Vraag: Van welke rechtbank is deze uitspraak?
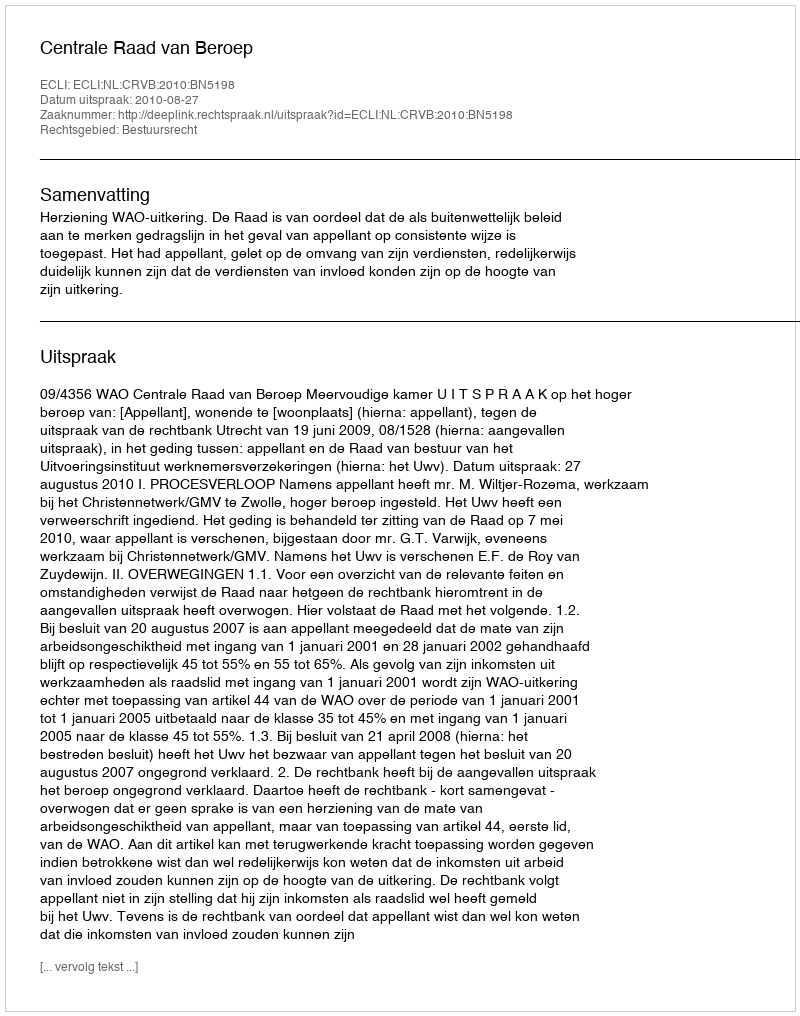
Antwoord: Centrale Raad van Beroep